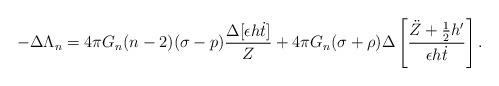
LaTeX: \begin{align*}-\Delta \Lambda_n=4 \pi G_n (n-2)(\sigma-p)\frac{\Delta [\epsilon h\dot t]}{Z}+4 \pi G_n(\sigma+\rho)\Delta \left[\frac{\ddot Z+\frac{1}{2}h'}{\epsilon h \dot t}\right].\end{align*}